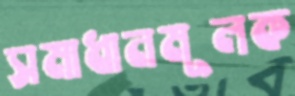
সমাধানমূলক